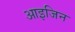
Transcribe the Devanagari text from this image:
आइजिन